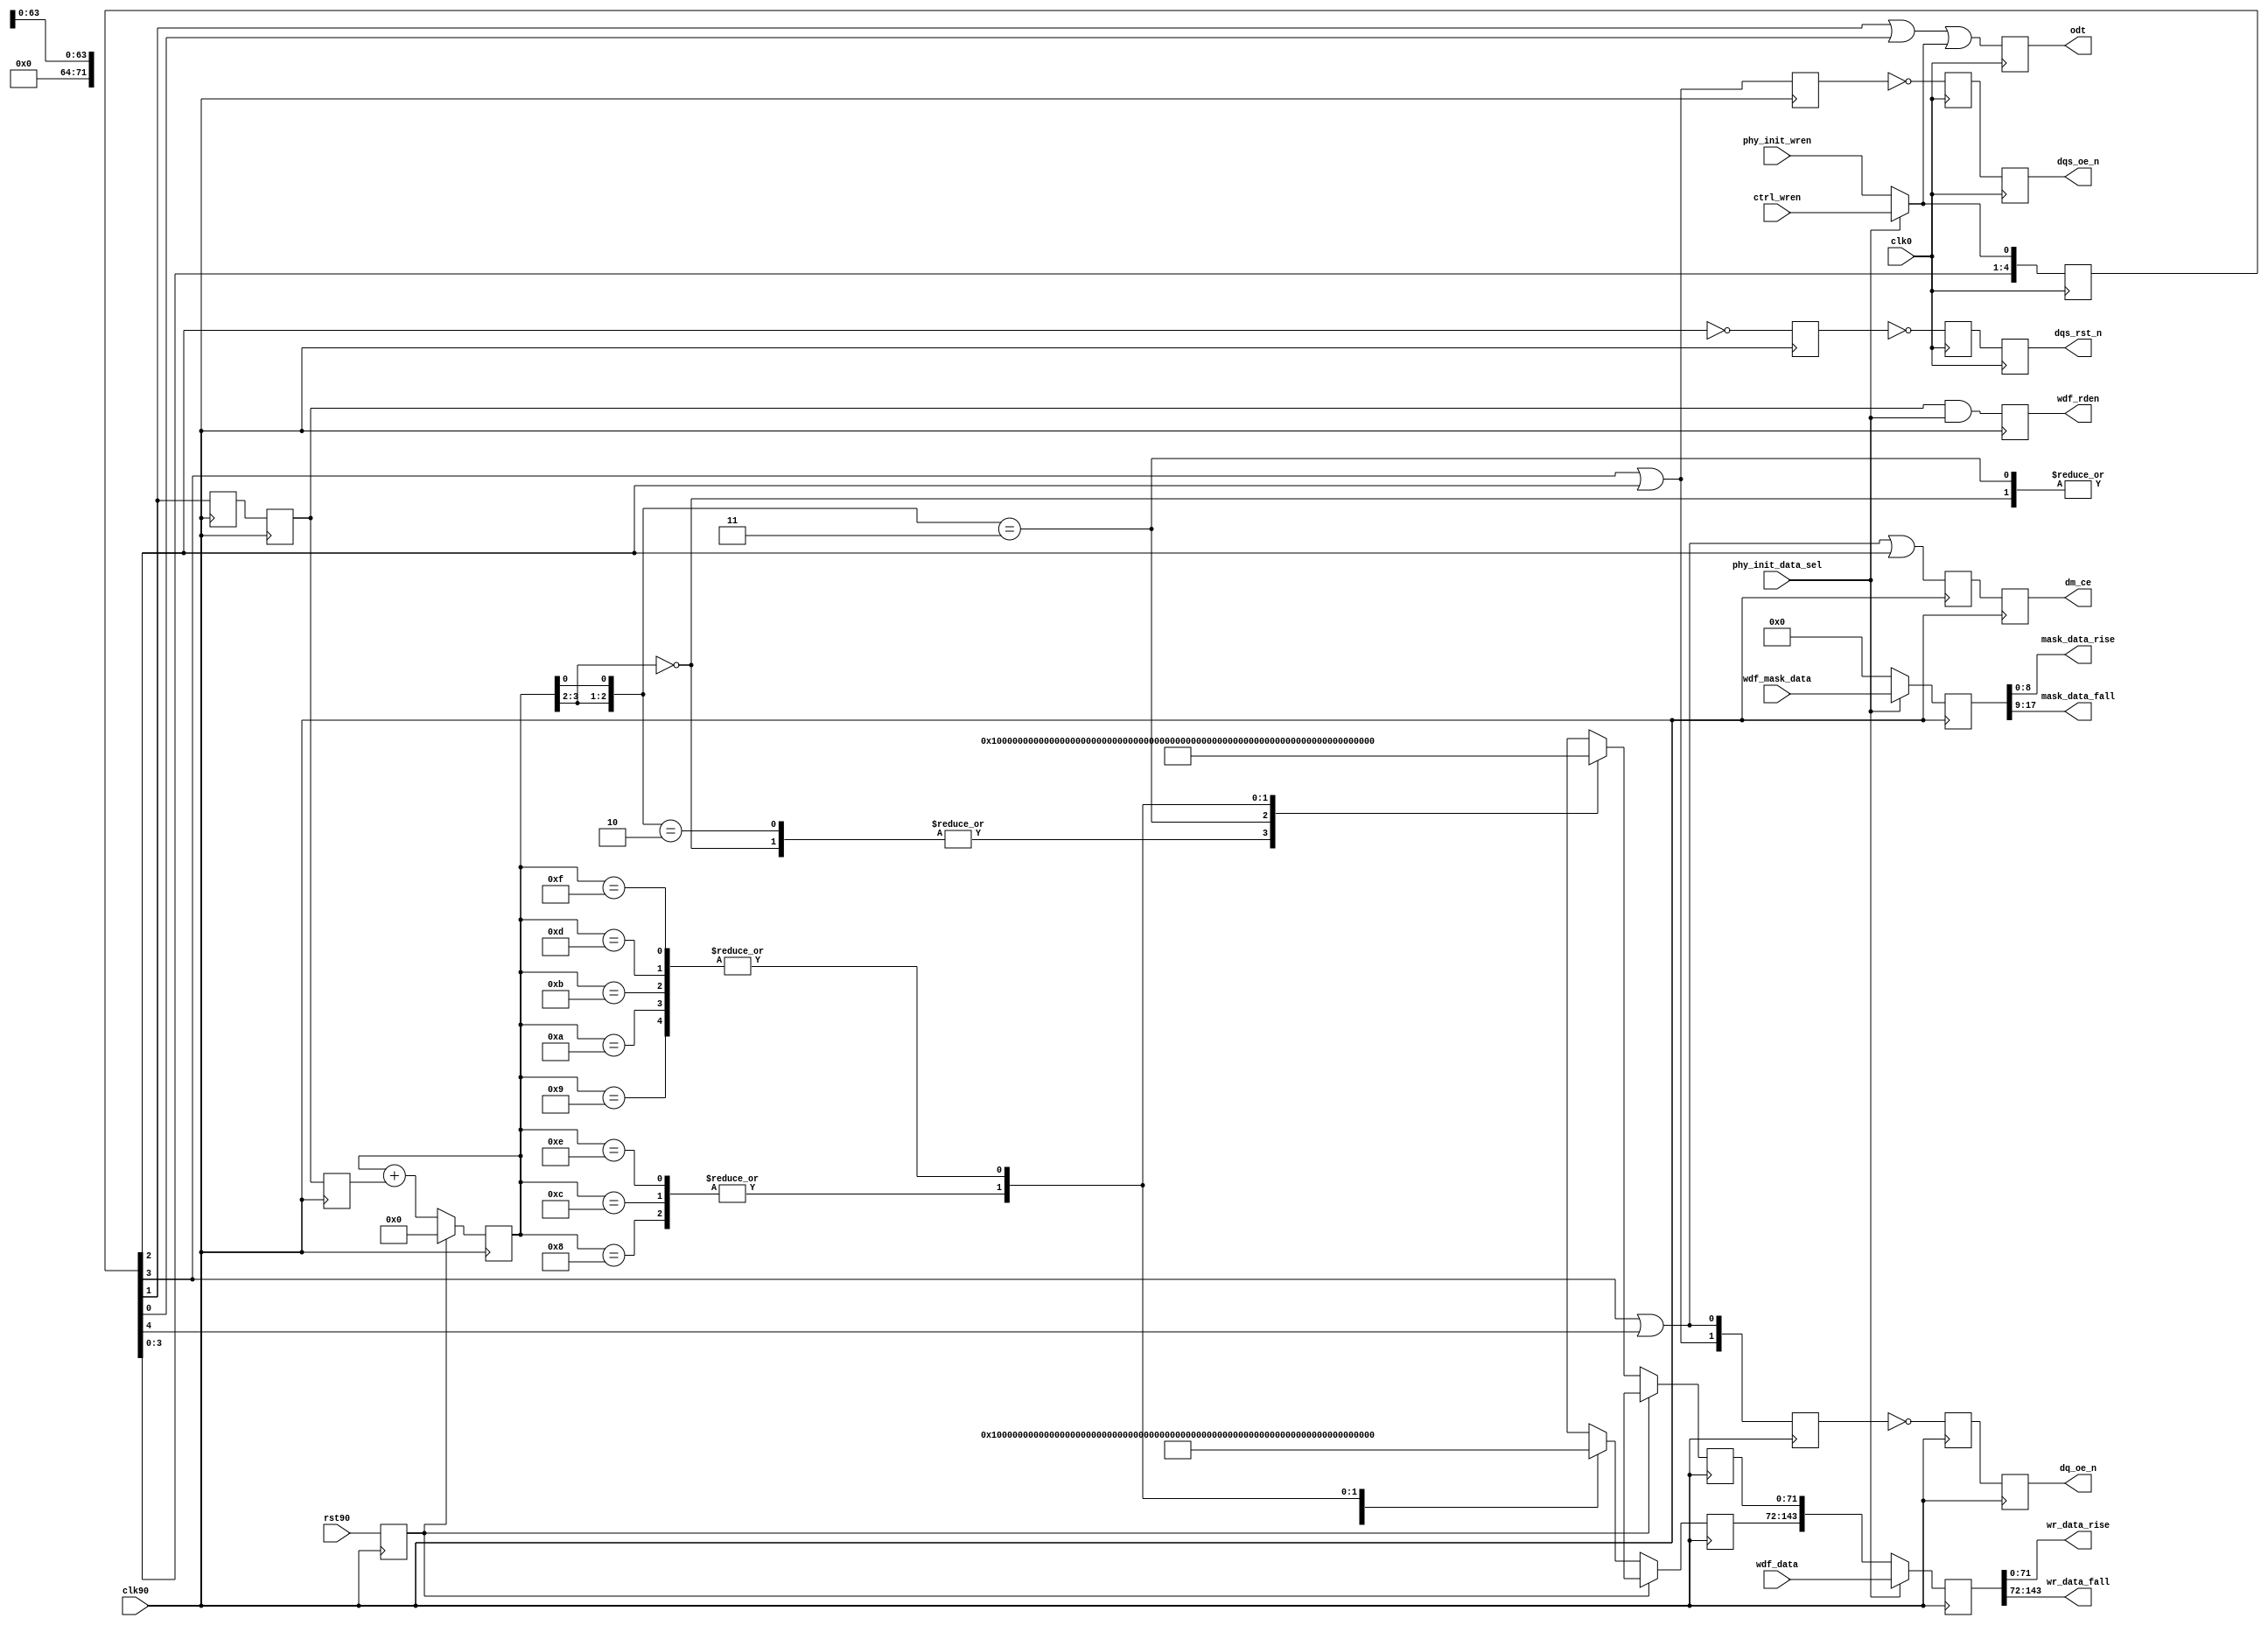
//*****************************************************************************
// DISCLAIMER OF LIABILITY
//
// This file contains proprietary and confidential information of
// Xilinx, Inc. ("Xilinx"), that is distributed under a license
// from Xilinx, and may be used, copied and/or disclosed only
// pursuant to the terms of a valid license agreement with Xilinx.
//
// XILINX IS PROVIDING THIS DESIGN, CODE, OR INFORMATION
// ("MATERIALS") "AS IS" WITHOUT WARRANTY OF ANY KIND, EITHER
// EXPRESSED, IMPLIED, OR STATUTORY, INCLUDING WITHOUT
// LIMITATION, ANY WARRANTY WITH RESPECT TO NONINFRINGEMENT,
// MERCHANTABILITY OR FITNESS FOR ANY PARTICULAR PURPOSE. Xilinx
// does not warrant that functions included in the Materials will
// meet the requirements of Licensee, or that the operation of the
// Materials will be uninterrupted or error-free, or that defects
// in the Materials will be corrected. Furthermore, Xilinx does
// not warrant or make any representations regarding use, or the
// results of the use, of the Materials in terms of correctness,
// accuracy, reliability or otherwise.
//
// Xilinx products are not designed or intended to be fail-safe,
// or for use in any application requiring fail-safe performance,
// such as life-support or safety devices or systems, Class III
// medical devices, nuclear facilities, applications related to
// the deployment of airbags, or any other applications that could
// lead to death, personal injury or severe property or
// environmental damage (individually and collectively, "critical
// applications"). Customer assumes the sole risk and liability
// of any use of Xilinx products in critical applications,
// subject only to applicable laws and regulations governing
// limitations on product liability.
//
// Copyright 2006, 2007, 2008 Xilinx, Inc.
// All rights reserved.
//
// This disclaimer and copyright notice must be retained as part
// of this file at all times.
//*****************************************************************************
//   ____  ____
//  /   /\/   /
// /___/  \  /    Vendor: Xilinx
// \   \   \/     Version: 3.6.1
//  \   \         Application: MIG
//  /   /         Filename: ddr2_phy_write.v
// /___/   /\     Date Last Modified: $Date: 2010/10/27 17:40:27 $
// \   \  /  \    Date Created: Thu Aug 24 2006
//  \___\/\___\
//
//Device: Virtex-5
//Design Name: DDR2
//Purpose:
//Reference:
//   Handles delaying various write control signals appropriately depending
//   on CAS latency, additive latency, etc. Also splits the data and mask in
//   rise and fall buses.
//Revision History:
//   Rev 1.1 - For Dual Rank parts support ODT logic corrected. PK. 08/05/08
//   Rev 1.2 - Retain current data pattern for stage 4 calibration, and create
//             new pattern for stage 4. RC. 09/21/09.
//*****************************************************************************

`timescale 1ns/1ps

module ddr2_phy_write #
  (
   // Following parameters are for 72-bit RDIMM design (for ML561 Reference
   // board design). Actual values may be different. Actual parameters values
   // are passed from design top module mig_v3_61 module. Please refer to
   // the mig_v3_61 module for actual values.
   parameter DQ_WIDTH      = 72,
   parameter CS_NUM        = 1,
   parameter ADDITIVE_LAT  = 0,
   parameter CAS_LAT       = 5,
   parameter ECC_ENABLE    = 0,
   parameter ODT_TYPE      = 1,
   parameter REG_ENABLE    = 1,
   parameter DDR_TYPE      = 1
   )
  (
   input                       clk0,
   input                       clk90,
   input                       rst90,
   input [(2*DQ_WIDTH)-1:0]    wdf_data,
   input [(2*DQ_WIDTH/8)-1:0]  wdf_mask_data,
   input                       ctrl_wren,
   input                       phy_init_wren,
   input                       phy_init_data_sel,
   output reg                  dm_ce,
   output reg [1:0]            dq_oe_n,
   output reg                  dqs_oe_n ,
   output reg                  dqs_rst_n ,
   output                      wdf_rden,
   output reg [CS_NUM-1:0]     odt ,
   output [DQ_WIDTH-1:0]       wr_data_rise,
   output [DQ_WIDTH-1:0]       wr_data_fall,
   output [(DQ_WIDTH/8)-1:0]   mask_data_rise,
   output [(DQ_WIDTH/8)-1:0]   mask_data_fall
   );

  localparam   MASK_WIDTH               = DQ_WIDTH/8;
  localparam   DDR1                     = 0;
  localparam   DDR2                     = 1;
  localparam   DDR3                     = 2;

  // (MIN,MAX) value of WR_LATENCY for DDR1:
  //   REG_ENABLE   = (0,1)
  //   ECC_ENABLE   = (0,1)
  //   Write latency = 1
  //   Total: (1,3)
  // (MIN,MAX) value of WR_LATENCY for DDR2:
  //   REG_ENABLE   = (0,1)
  //   ECC_ENABLE   = (0,1)
  //   Write latency = ADDITIVE_CAS + CAS_LAT - 1 = (0,4) + (3,5) - 1 = (2,8)
  //     ADDITIVE_LAT = (0,4) (JEDEC79-2B)
  //     CAS_LAT      = (3,5) (JEDEC79-2B)
  //   Total: (2,10)
  localparam WR_LATENCY = (DDR_TYPE == DDR3) ?
             (ADDITIVE_LAT + (CAS_LAT) + REG_ENABLE ) :
             (DDR_TYPE == DDR2) ?
             (ADDITIVE_LAT + (CAS_LAT-1) + REG_ENABLE ) :
             (1 + REG_ENABLE );

  // NOTE that ODT timing does not need to be delayed for registered
  // DIMM case, since like other control/address signals, it gets
  // delayed by one clock cycle at the DIMM
  localparam ODT_WR_LATENCY = WR_LATENCY - REG_ENABLE;

  wire                     dm_ce_0;
  reg                      dm_ce_r;
  wire [1:0]               dq_oe_0;
  reg [1:0]                dq_oe_n_90_r1;
  reg [1:0]                dq_oe_270;
  wire                     dqs_oe_0;
  reg                      dqs_oe_270;
  reg                      dqs_oe_n_180_r1;
  wire                     dqs_rst_0;
  reg                      dqs_rst_n_180_r1;
  reg                      dqs_rst_270;
  reg                      ecc_dm_error_r;
  reg                      ecc_dm_error_r1;
  reg [(DQ_WIDTH-1):0]     init_data_f;
  reg [(DQ_WIDTH-1):0]     init_data_r;
  reg [3:0]                init_wdf_cnt_r;
  wire                     odt_0;
  reg                      rst90_r /* synthesis syn_maxfan = 10 */;
  reg [10:0]               wr_stages ;
  reg [(2*DQ_WIDTH)-1:0]   wdf_data_r;
  reg [(2*DQ_WIDTH/8)-1:0] wdf_mask_r;
  wire [(2*DQ_WIDTH/8)-1:0] wdf_ecc_mask;

  reg [(2*DQ_WIDTH/8)-1:0] wdf_mask_r1;
  wire                     wdf_rden_0;
  reg                      calib_rden_90_r;
  reg                      wdf_rden_90_r;
  reg                      wdf_rden_90_r1;
  reg                      wdf_rden_270;

  always @(posedge clk90)
      rst90_r <= rst90;

  //***************************************************************************
  // Analysis of additional pipeline delays:
  //   1. dq_oe (DQ 3-state): 1 CLK90 cyc in IOB 3-state FF
  //   2. dqs_oe (DQS 3-state): 1 CLK180 cyc in IOB 3-state FF
  //   3. dqs_rst (DQS output value reset): 1 CLK180 cyc in FF + 1 CLK180 cyc
  //      in IOB DDR
  //   4. odt (ODT control): 1 CLK0 cyc in IOB FF
  //   5. write data (output two cyc after wdf_rden - output of RAMB_FIFO w/
  //      output register enabled): 2 CLK90 cyc in OSERDES
  //***************************************************************************

  // DQS 3-state must be asserted one extra clock cycle due b/c of write
  // pre- and post-amble (extra half clock cycle for each)
  assign dqs_oe_0 = wr_stages[WR_LATENCY-1] | wr_stages[WR_LATENCY-2];

  // same goes for ODT, need to handle both pre- and post-amble (generate
  // ODT only for DDR2)
  // ODT generation for DDR2 based on write latency. The MIN write
  // latency is 2. Based on the write latency ODT is asserted.
  generate
    if ((DDR_TYPE != DDR1) && (ODT_TYPE > 0))begin: gen_odt_ddr2
       if(ODT_WR_LATENCY > 3)
         assign odt_0 =
                   wr_stages[ODT_WR_LATENCY-2] |
                   wr_stages[ODT_WR_LATENCY-3] |
                   wr_stages[ODT_WR_LATENCY-4] ;
       else if ( ODT_WR_LATENCY == 3)
         assign odt_0 =
                   wr_stages[ODT_WR_LATENCY-1] |
                   wr_stages[ODT_WR_LATENCY-2] |
                   wr_stages[ODT_WR_LATENCY-3] ;
       else
         assign odt_0 =
                  wr_stages[ODT_WR_LATENCY] |
                  wr_stages[ODT_WR_LATENCY-1] |
                  wr_stages[ODT_WR_LATENCY-2] ;
    end else
      assign odt_0 = 1'b0;
   endgenerate

  assign dq_oe_0[0]   = wr_stages[WR_LATENCY-1] | wr_stages[WR_LATENCY];
  assign dq_oe_0[1]   = wr_stages[WR_LATENCY-1] | wr_stages[WR_LATENCY-2];
  assign dqs_rst_0    = ~wr_stages[WR_LATENCY-2];
  assign dm_ce_0      = wr_stages[WR_LATENCY] | wr_stages[WR_LATENCY-1]
                        | wr_stages[WR_LATENCY-2];

  // write data fifo, read flag assertion
  generate
    if (DDR_TYPE != DDR1) begin: gen_wdf_ddr2
      if (WR_LATENCY > 2)
        assign wdf_rden_0 = wr_stages[WR_LATENCY-3];
      else
        assign wdf_rden_0 = wr_stages[WR_LATENCY-2];
    end else begin: gen_wdf_ddr1
      assign wdf_rden_0 = wr_stages[WR_LATENCY-2];
    end
  endgenerate

  // first stage isn't registered
  always @(*)
    wr_stages[0] = (phy_init_data_sel) ? ctrl_wren : phy_init_wren;

  always @(posedge clk0) begin
    wr_stages[1] <= wr_stages[0];
    wr_stages[2] <= wr_stages[1];
    wr_stages[3] <= wr_stages[2];
    wr_stages[4] <= wr_stages[3];
    wr_stages[5] <= wr_stages[4];
    wr_stages[6] <= wr_stages[5];
    wr_stages[7] <= wr_stages[6];
    wr_stages[8] <= wr_stages[7];
    wr_stages[9] <= wr_stages[8];
    wr_stages[10] <= wr_stages[9];
  end

  // intermediate synchronization to CLK270
  always @(negedge clk90) begin
    dq_oe_270         <= dq_oe_0;
    dqs_oe_270        <= dqs_oe_0;
    dqs_rst_270       <= dqs_rst_0;
    wdf_rden_270      <= wdf_rden_0;
  end

  // synchronize DQS signals to CLK180
  always @(negedge clk0) begin
    dqs_oe_n_180_r1  <= ~dqs_oe_270;
    dqs_rst_n_180_r1 <= ~dqs_rst_270;
  end

  // All write data-related signals synced to CLK90
  always @(posedge clk90) begin
    dq_oe_n_90_r1  <= ~dq_oe_270;
    wdf_rden_90_r  <= wdf_rden_270;
  end

  // generate for wdf_rden and calib rden. These signals
  // are asserted based on write latency. For write
  // latency of 2, the extra register stage is taken out.
  generate
   if (WR_LATENCY > 2) begin
     always @(posedge clk90) begin
        // assert wdf rden only for non calibration opertations
        wdf_rden_90_r1 <=  wdf_rden_90_r &
                           phy_init_data_sel;
        // rden for calibration
        calib_rden_90_r <= wdf_rden_90_r;
     end
   end else begin
     always @(*) begin
        wdf_rden_90_r1 = wdf_rden_90_r
                         & phy_init_data_sel;
        calib_rden_90_r = wdf_rden_90_r;
     end
  end // else: !if(WR_LATENCY > 2)
  endgenerate

  // dm CE signal to stop dm oscilation
  always @(negedge clk90)begin
    dm_ce_r <= dm_ce_0;
    dm_ce <= dm_ce_r;
  end

  // When in ECC mode the upper byte [71:64] will have the
  // ECC parity. Mapping the bytes which have valid data
  // to the upper byte in ecc mode. Also in ecc mode there
  // is an extra register stage to account for timing.

  genvar mask_i;
  generate
    if(ECC_ENABLE) begin
      for (mask_i  = 0; mask_i < (2*DQ_WIDTH)/72;
          mask_i = mask_i+1) begin: gen_mask
       assign wdf_ecc_mask[((mask_i*9)+9)-1:(mask_i*9)] =
                {&wdf_mask_data[(mask_i*8)+(7+mask_i):mask_i*9],
                wdf_mask_data[(mask_i*8)+(7+mask_i):mask_i*9]};
      end
    end
   endgenerate

  generate
    if (ECC_ENABLE) begin:gen_ecc_reg
       always @(posedge clk90)begin
          if(phy_init_data_sel)
               wdf_mask_r <= wdf_ecc_mask;
          else
             wdf_mask_r <= {(2*DQ_WIDTH/8){1'b0}};
      end       
    end else begin
      always@(posedge clk90) begin
        if (phy_init_data_sel)
          wdf_mask_r <= wdf_mask_data;
        else
          wdf_mask_r <= {(2*DQ_WIDTH/8){1'b0}};
      end
    end
  endgenerate

   always @(posedge clk90) begin
      if(phy_init_data_sel)
          wdf_data_r <= wdf_data;
      else
          wdf_data_r <={init_data_f,init_data_r};
   end

  // Error generation block during simulation.
  // Error will be displayed when all the DM
  // bits are not zero. The error will be
  // displayed only during the start of the sequence
  // for errors that are continous over many cycles.
  generate
    if (ECC_ENABLE) begin: gen_ecc_error
      always @(posedge clk90) begin
        //synthesis translate_off
        wdf_mask_r1 <= wdf_mask_r;
        if(DQ_WIDTH > 72)
           ecc_dm_error_r
              <= (
              (~wdf_mask_r1[35] && (|wdf_mask_r1[34:27])) ||
              (~wdf_mask_r1[26] && (|wdf_mask_r1[25:18])) ||
              (~wdf_mask_r1[17] && (|wdf_mask_r1[16:9])) ||
              (~wdf_mask_r1[8] &&  (|wdf_mask_r1[7:0]))) && phy_init_data_sel;
         else
            ecc_dm_error_r
              <= ((~wdf_mask_r1[17] && (|wdf_mask_r1[16:9])) ||
              (~wdf_mask_r1[8] &&  (|wdf_mask_r1[7:0]))) && phy_init_data_sel;
        ecc_dm_error_r1 <= ecc_dm_error_r ;
        if (ecc_dm_error_r && ~ecc_dm_error_r1) // assert the error only once.
          $display ("ECC DM ERROR. ");
        //synthesis translate_on
      end
    end
  endgenerate

  //***************************************************************************
  // State logic to write calibration training patterns
  //***************************************************************************

  always @(posedge clk90) begin
    if (rst90_r) begin
      init_wdf_cnt_r  <= 4'd0;
      init_data_r <= {64{1'bx}};
      init_data_f <= {64{1'bx}};
    end else begin
      init_wdf_cnt_r  <= init_wdf_cnt_r + calib_rden_90_r;
      casex (init_wdf_cnt_r)
        // First stage calibration. Pattern (rise/fall) = 1(r)->0(f)
        // The rise data and fall data are already interleaved in the manner
        // required for data into the WDF write FIFO
        4'b00xx: begin
          init_data_r <= {DQ_WIDTH{1'b1}};
          init_data_f <= {DQ_WIDTH{1'b0}};
        end
        // Second stage calibration. Pattern = 1(r)->1(f)->0(r)->0(f)
        4'b01x0: begin
           init_data_r <= {DQ_WIDTH{1'b1}};
           init_data_f <= {DQ_WIDTH{1'b1}};
          end
        4'b01x1: begin
           init_data_r <= {DQ_WIDTH{1'b0}};
           init_data_f <= {DQ_WIDTH{1'b0}};
        end
        // MIG 3.2: Changed Stage 3/4 training pattern
        // Third stage calibration patern = 
        //   11(r)->ee(f)->ee(r)->11(f)-ee(r)->11(f)->ee(r)->11(f)
        4'b1000: begin
          init_data_r <= {DQ_WIDTH/4{4'h1}};
          init_data_f <= {DQ_WIDTH/4{4'hE}};
        end
        4'b1001: begin
          init_data_r <= {DQ_WIDTH/4{4'hE}};
          init_data_f <= {DQ_WIDTH/4{4'h1}};
          end
        4'b1010: begin
          init_data_r <= {(DQ_WIDTH/4){4'hE}};
          init_data_f <= {(DQ_WIDTH/4){4'h1}};
        end
        4'b1011: begin
          init_data_r <= {(DQ_WIDTH/4){4'hE}};
          init_data_f <= {(DQ_WIDTH/4){4'h1}};
        end
        // Fourth stage calibration patern = 
        //   11(r)->ee(f)->ee(r)->11(f)-11(r)->ee(f)->ee(r)->11(f)
        4'b1100: begin
          init_data_r <= {DQ_WIDTH/4{4'h1}};
          init_data_f <= {DQ_WIDTH/4{4'hE}};
        end
        4'b1101: begin
          init_data_r <= {DQ_WIDTH/4{4'hE}};
          init_data_f <= {DQ_WIDTH/4{4'h1}};
          end
        4'b1110: begin
          init_data_r <= {(DQ_WIDTH/4){4'h1}};
          init_data_f <= {(DQ_WIDTH/4){4'hE}};
        end
        4'b1111: begin
          // MIG 3.5: Corrected last two writes for stage 4 calibration
          // training pattern. Previously MIG 3.3 and MIG 3.4 had the
          // incorrect pattern. This can sometimes result in a calibration
          // point with small timing margin. 
//          init_data_r <= {(DQ_WIDTH/4){4'h1}};
//          init_data_f <= {(DQ_WIDTH/4){4'hE}};
          init_data_r <= {(DQ_WIDTH/4){4'hE}};
          init_data_f <= {(DQ_WIDTH/4){4'h1}};
        end
      endcase
    end
  end

  //***************************************************************************

  always @(posedge clk90)
    dq_oe_n   <= dq_oe_n_90_r1;

  always @(negedge clk0)
    dqs_oe_n  <= dqs_oe_n_180_r1;

  always @(negedge clk0)
    dqs_rst_n <= dqs_rst_n_180_r1;

  // generate for odt. odt is asserted based on
  //  write latency. For write latency of 2
  //  the extra register stage is taken out.
  generate
    if (ODT_WR_LATENCY > 3) begin
      always @(posedge clk0) begin
        odt    <= 'b0;
        odt[0] <= odt_0;
      end
    end else begin
      always @ (*) begin
        odt = 'b0;
        odt[0] = odt_0;
      end
    end
  endgenerate

  assign wdf_rden  = wdf_rden_90_r1;

  //***************************************************************************
  // Format write data/mask: Data is in format: {fall, rise}
  //***************************************************************************

  assign wr_data_rise = wdf_data_r[DQ_WIDTH-1:0];
  assign wr_data_fall = wdf_data_r[(2*DQ_WIDTH)-1:DQ_WIDTH];
  assign mask_data_rise = wdf_mask_r[MASK_WIDTH-1:0];
  assign mask_data_fall = wdf_mask_r[(2*MASK_WIDTH)-1:MASK_WIDTH];

endmodule